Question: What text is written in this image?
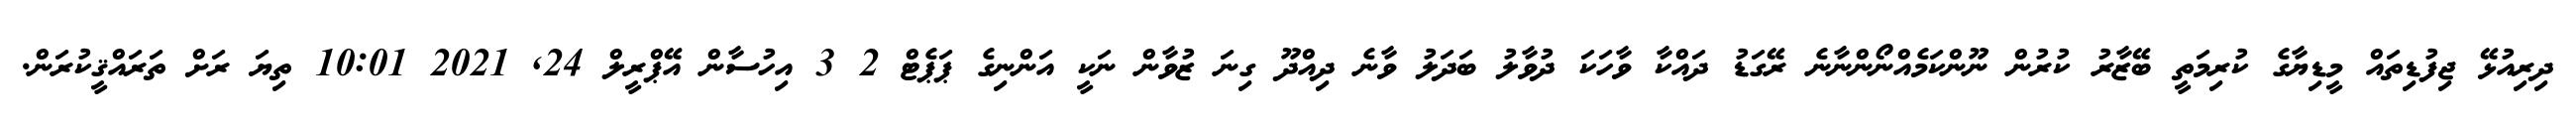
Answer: ދިރިއުޅޭ ޖިފުޑިތައް މީޑިޔާގެ ކުރިމަތީ ބޭޒާރު ކުރުން ނޫންކަމެއްނޯންނާނެ ރޭގަޑު ދައްކާ ވާހަކަ ދުވާލު ބަދަލު ވާނެ ދިއްދޫ ގިނަ ޒުވާން ނަކީ އަންނިގެ ޕަޕެޓް 2 3 އިހުސާން އޭޕްރީލް 24, 2021 10:01 ތިޔަ ރަށް ތަރައްޤީކުރަން.